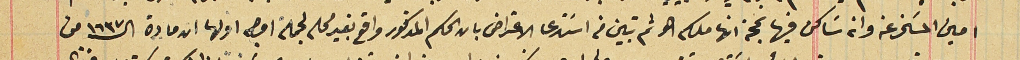
امين المسَخر وانه سَاكن فيها بحجة انها ملكه هو ثم تبين من اسَتدعا الاعتراض بان الحكم المذكور واقع بغير محله لجملة اوجه اولها ان مادة الـ ١٦٣٧ من